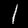
Digit: 1